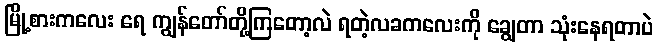
မြို့စားကလေး ရေ ကျွန်တော်တို့ကြတော့လဲ ရတဲ့လခကလေးကို ချွေတာ သုံးနေရတာပဲ